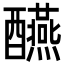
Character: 醼